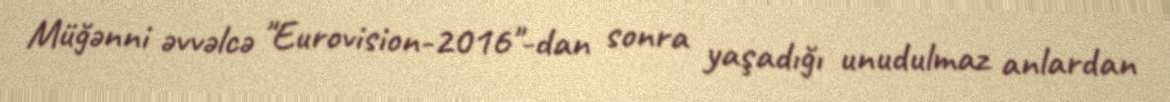
Müğənni əvvəlcə "Eurovision-2016"-dan sonra yaşadığı unudulmaz anlardan